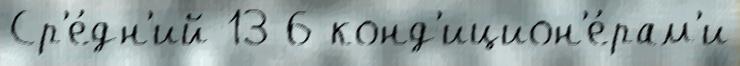
Ср'е́дн'ий 13 6 конд'ицион'е́рам'и